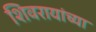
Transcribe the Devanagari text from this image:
शिवरायांच्या